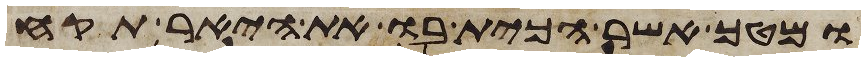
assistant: ומטך אשר הכית בו את היאר תקח